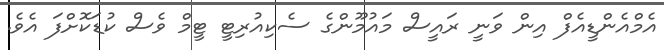
އެމްއެންޑީއެފް އިން ވަނީ ރައީސް މައުމޫންގެ ސެކިއުރިޓީ ޓީމް ވެސް ކުޑަކޮށްފަ އެވެ.